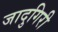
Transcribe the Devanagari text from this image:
जादुगिरी